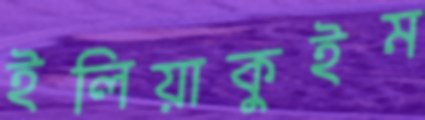
ইলিয়াকুইম